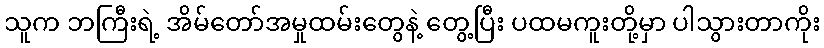
သူက ဘကြီးရဲ့ အိမ်တော်အမှုထမ်းတွေနဲ့ တွေ့ပြီး ပထမကူးတို့မှာ ပါသွားတာကိုး